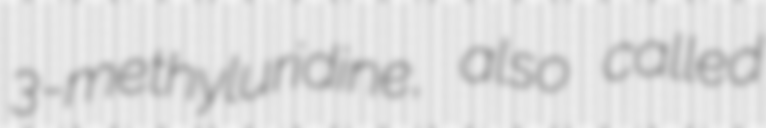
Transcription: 3-methyluridine, also called